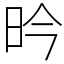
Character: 昑